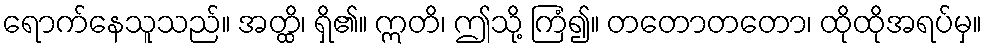
ရောက်နေသူသည်။ အတ္ထိ၊ ရှိ၏။ ဣတိ၊ ဤသို့ ကြံ၍။ တတောတတော၊ ထိုထိုအရပ်မှ။